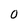
Character: 0